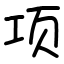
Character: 项